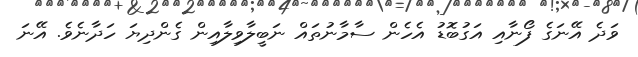
ވަދެ އޭނަގެ ފޯނާއި އަގުބޮޑު އެހެން ސާމާނުތައް ނަބީލާވިލާއިން ގެންދިޔަ ހަދާނެވެ. އޭނަ